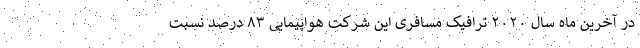
در آخرین ماه سال ۲۰۲۰ ترافیک مسافری این شرکت هواپیمایی ۸۳ درصد نسبت